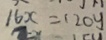
1 6 x = 1 2 0 y